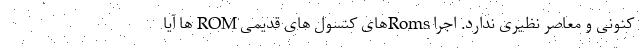
کنونی و معاصر نظیری ندارد. اجرا Romsهای کنسول های قدیمی ROM ها آیا